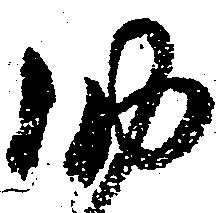
納